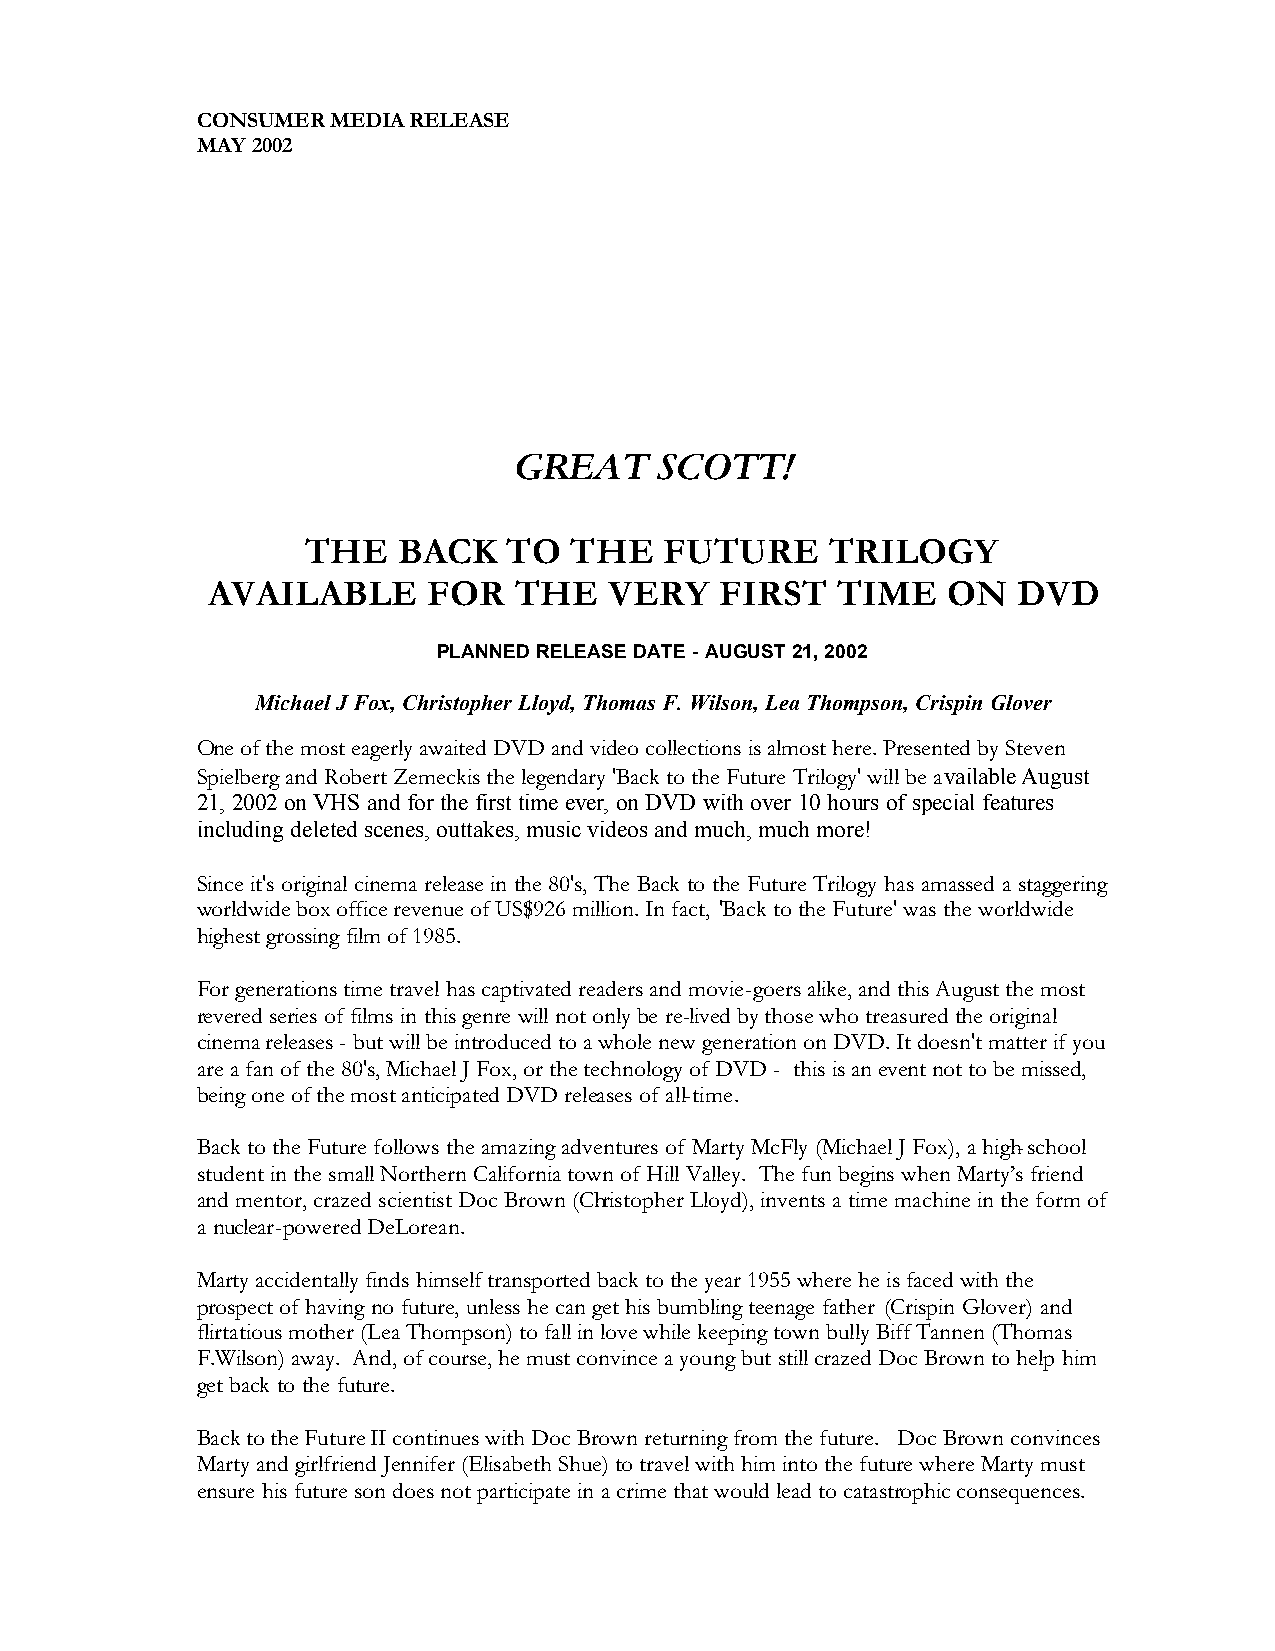
CONSUMER MEDIA RELEASE
 MAY 2002
 GREAT     SCOTT!
 THE   BACK    TO  THE   FUTURE     TRILOGY
 AVAILABLE     FOR   THE   VERY    FIRST  TIME    ON  DVD
 PLANNED RELEASE DATE - AUGUST 21, 2002
 Michael J Fox, Christopher Lloyd, Thomas F. Wilson, Lea Thompson, Crispin Glover
 One of the most eagerly awaited DVD and video collections is almost here. Presented by Steven
 Spielberg and Robert Zemeckis the legendary 'Back to the Future Trilogy' will be available August
 21, 2002 on VHS and for the first time ever, on DVD with over 10 hours of special features
 including deleted scenes, outtakes, music videos and much, much more!
 Since it's original cinema release in the 80's, The Back to the Future Trilogy has amassed a staggering
 worldwide box office revenue of US$926 million. In fact, 'Back to the Future' was the worldwide
 highest grossing film of 1985.
 For generations time travel has captivated readers and movie-goers alike, and this August the most
 revered series of films in this genre will not only be re-lived by those who treasured the original
 cinema releases - but will be introduced to a whole new generation on DVD. It doesn't matter if you
 are a fan of the 80's, Michael J Fox, or the technology of DVD - this is an event not to be missed,
 being one of the most anticipated DVD releases of all-time.
 Back to the Future follows the amazing adventures of Marty McFly (Michael J Fox), a high-school
 student in the small Northern California town of Hill Valley. The fun begins when Marty’s friend
 and mentor, crazed scientist Doc Brown (Christopher Lloyd), invents a time machine in the form of
 a nuclear-powered DeLorean.
 Marty accidentally finds himself transported back to the year 1955 where he is faced with the
 prospect of having no future, unless he can get his bumbling teenage father (Crispin Glover) and
 flirtatious mother (Lea Thompson) to fall in love while keeping town bully Biff Tannen (Thomas
 F.Wilson) away. And, of course, he must convince a young but still crazed Doc Brown to help him
 get back to the future.
 Back to the Future II continues with Doc Brown returning from the future. Doc Brown convinces
 Marty and girlfriend Jennifer (Elisabeth Shue) to travel with him into the future where Marty must
 ensure his future son does not participate in a crime that would lead to catastrophic consequences.